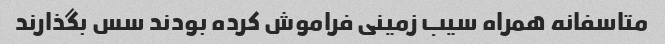
متاسفانه همراه سیب زمینی فراموش کرده بودند سس بگذارند